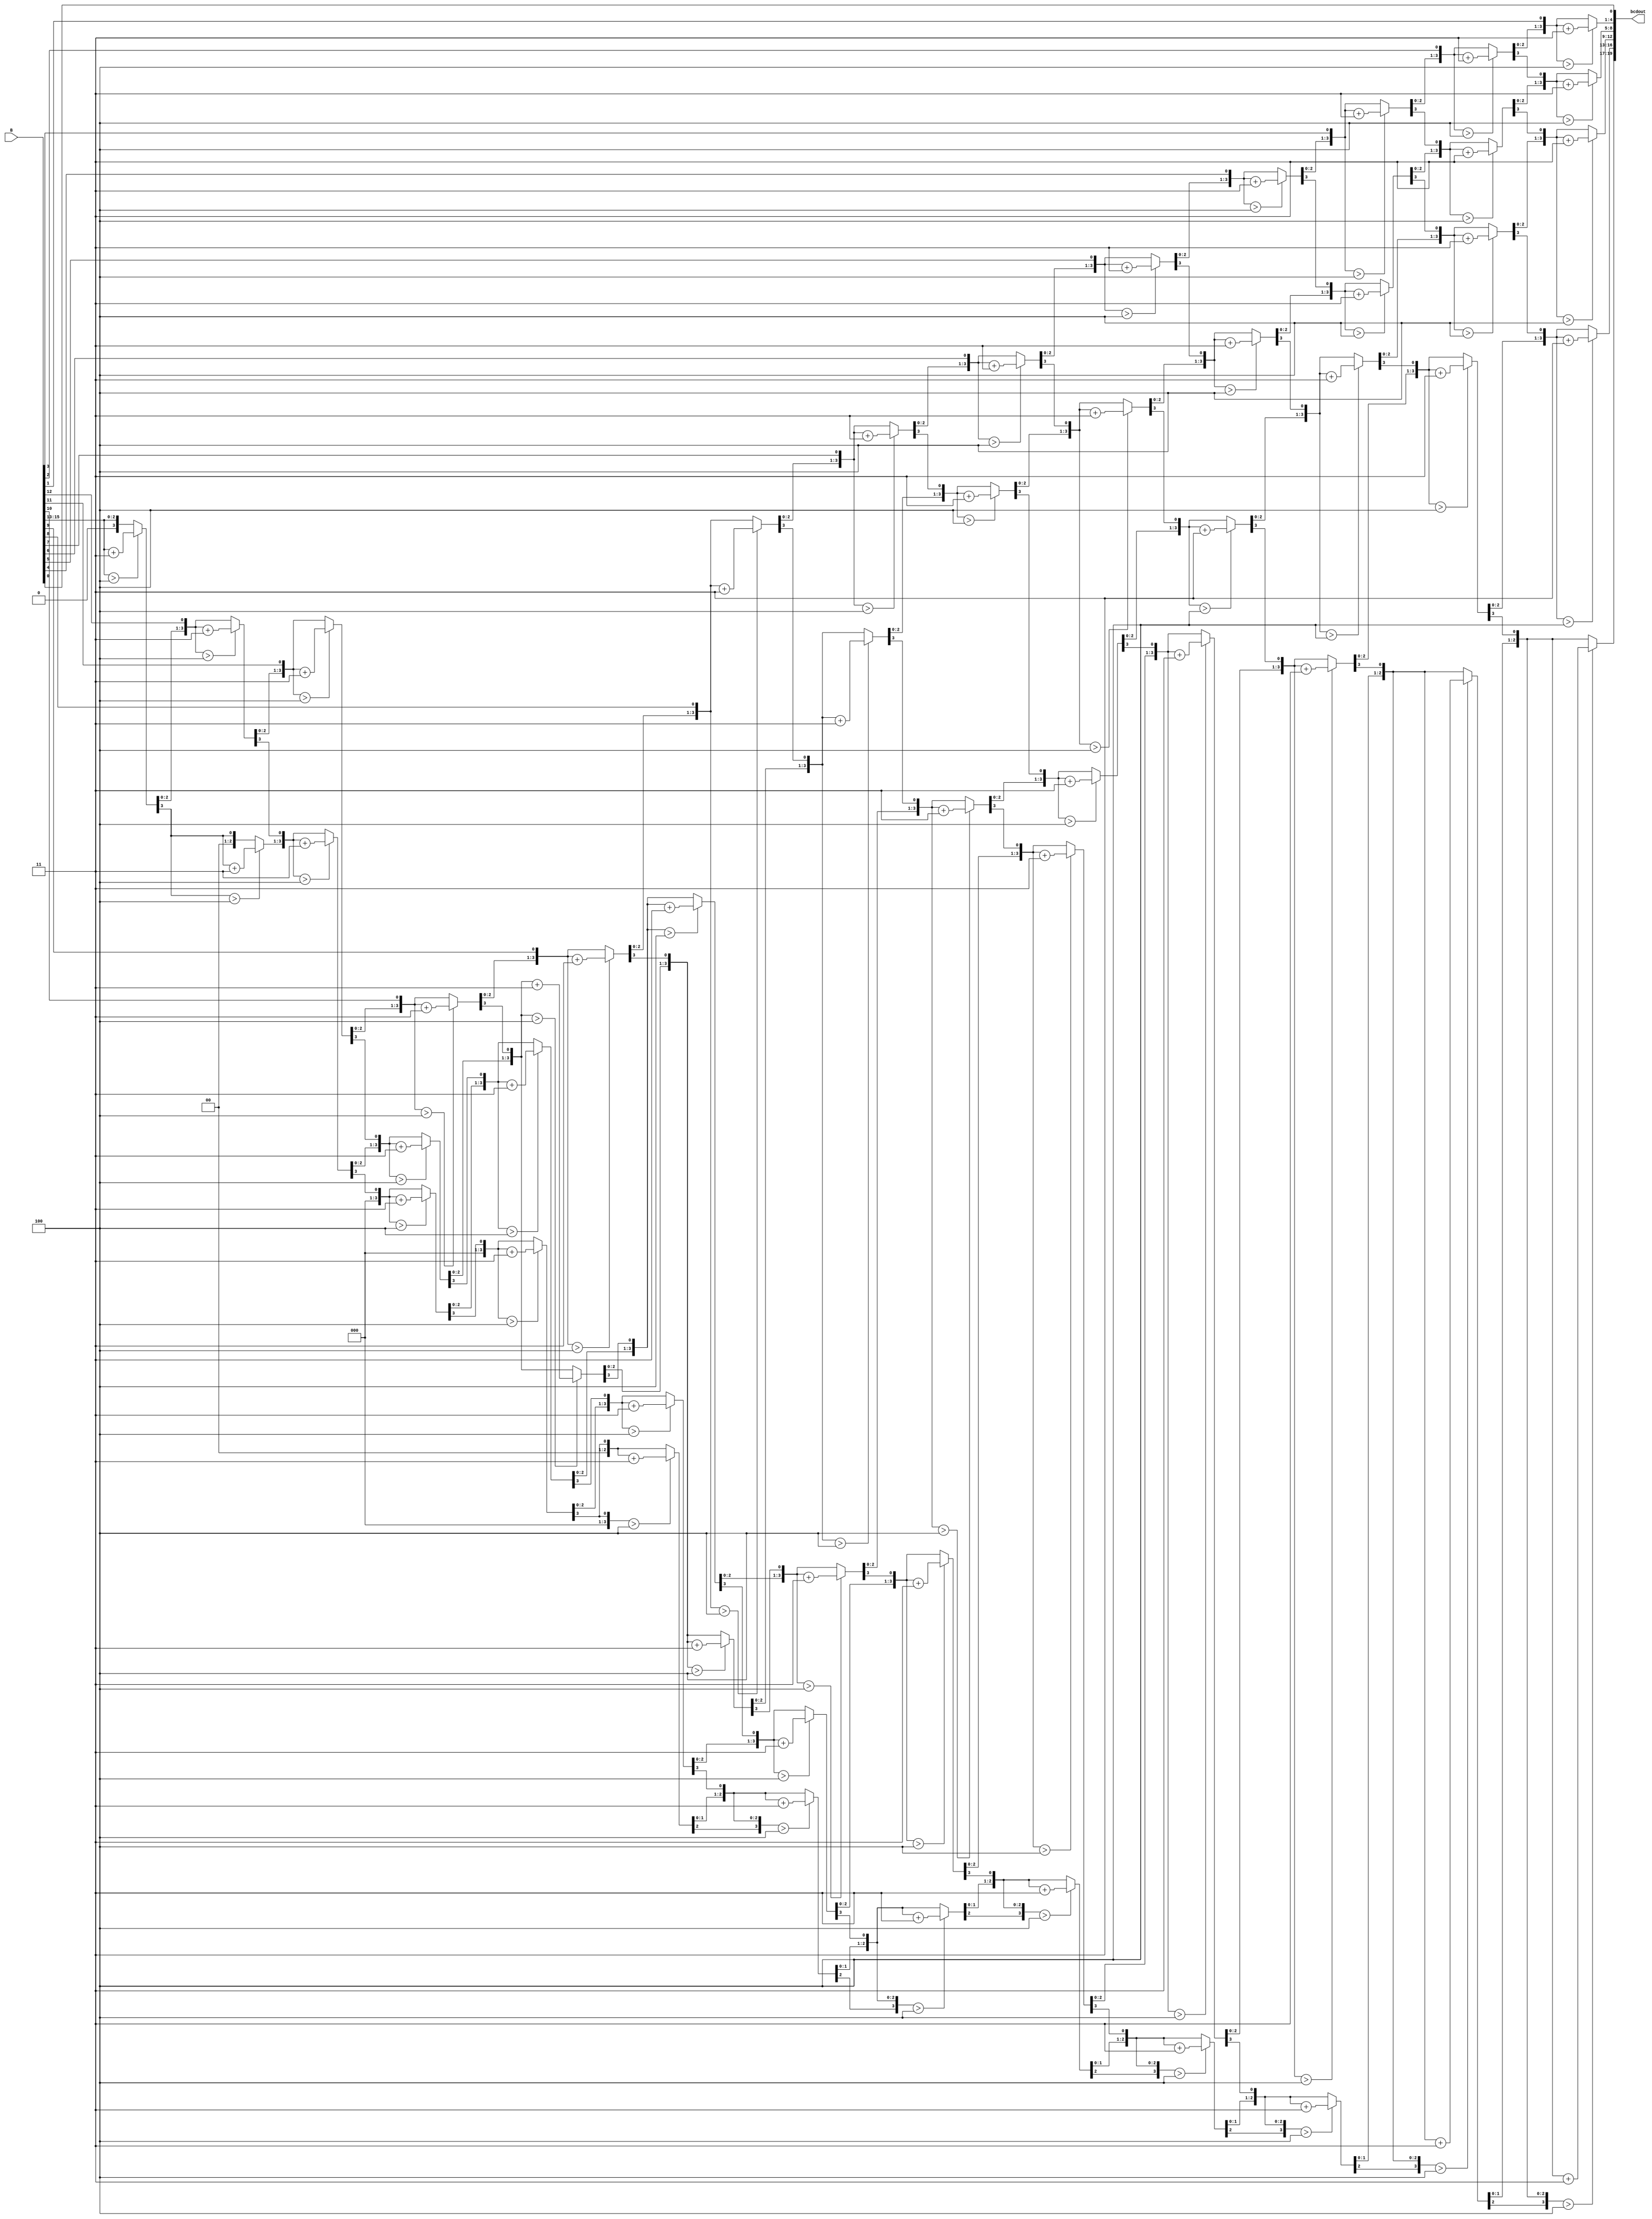
module bin_to_decimal(
	input [15:0] B,
	output reg [19:0] bcdout
	);
	reg [35:0] z;
	integer i;
always @(*)
  begin
    for(i = 0; i <= 35; i = i+1)
	z[i] = 0;
    z[18:3] = B; 
    repeat(13)
	 begin
	if(z[19:16] > 4)	
		z[19:16] = z[19:16] + 3;
	if(z[23:20] > 4) 	
		z[23:20] = z[23:20] + 3;
	if(z[27:24] > 4) 	
		z[27:24] = z[27:24] + 3;
	if(z[31:28] > 4) 	
		z[31:28] = z[31:28] + 3;
	if(z[35:32] > 4) 	
		z[35:32] = z[35:32] + 3;
	z[35:1] = z[34:0];
    end      
    bcdout = z[35:16];
  end         
endmodule